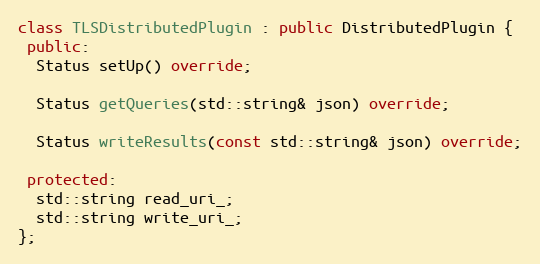
Language: C++
class TLSDistributedPlugin : public DistributedPlugin {
 public:
  Status setUp() override;

  Status getQueries(std::string& json) override;

  Status writeResults(const std::string& json) override;

 protected:
  std::string read_uri_;
  std::string write_uri_;
};